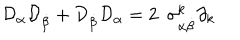
LaTeX: { \cal D } _ { \alpha } { \cal D } _ { \dot { \beta } } + { \cal D } _ { \dot { \beta } } { \cal D } _ { \alpha } = 2 \ \ { \sigma } _ { \alpha \dot { \beta } } ^ { k } \partial _ { k }